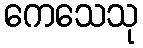
ကေသေသု